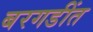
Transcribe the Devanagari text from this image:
बरगडींत